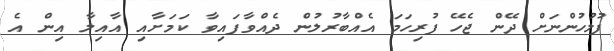
ފުލުހުންނަށް ދޭން ޖެހޭ ފުރިހަމަ އެއްބާރުލުން ދެއްވާފައިވާ ކަމަށާއި އާއިލާ އިން އެ